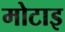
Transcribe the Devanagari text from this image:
मोटाइ